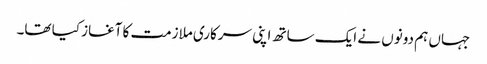
جہاں ہم دونوں نے ایک ساتھ اپنی سرکاری ملازمت کا آغاز کیا تھا۔